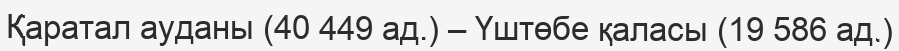
Қаратал ауданы (40 449 ад.) – Үштөбе қаласы (19 586 ад.)